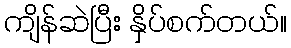
ကျိန်ဆဲပြီး နှိပ်စက်တယ်။